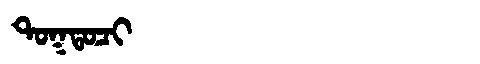
Manchu: ᡨᠣᡴᡨᠣᠴᡳ
Romanization: TOKTOCI